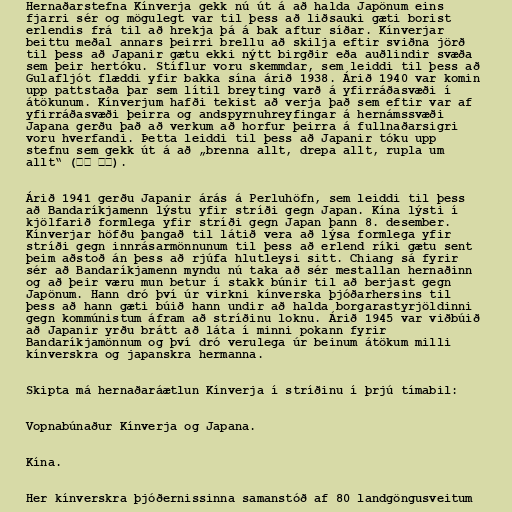
Hernaðarstefna Kínverja gekk nú út á að halda Japönum eins
fjarri sér og mögulegt var til þess að liðsauki gæti borist
erlendis frá til að hrekja þá á bak aftur síðar. Kínverjar
beittu meðal annars þeirri brellu að skilja eftir sviðna jörð
til þess að Japanir gætu ekki nýtt birgðir eða auðlindir svæða
sem þeir hertóku. Stíflur voru skemmdar, sem leiddi til þess að
Gulafljót flæddi yfir bakka sína árið 1938. Árið 1940 var komin
upp pattstaða þar sem lítil breyting varð á yfirráðasvæði í
átökunum. Kínverjum hafði tekist að verja það sem eftir var af
yfirráðasvæði þeirra og andspyrnuhreyfingar á hernámssvæði
Japana gerðu það að verkum að horfur þeirra á fullnaðarsigri
voru hverfandi. Þetta leiddi til þess að Japanir tóku upp
stefnu sem gekk út á að „brenna allt, drepa allt, rupla um
allt“ (三光 政策).

Árið 1941 gerðu Japanir árás á Perluhöfn, sem leiddi til þess
að Bandaríkjamenn lýstu yfir stríði gegn Japan. Kína lýsti í
kjölfarið formlega yfir stríði gegn Japan þann 8. desember.
Kínverjar höfðu þangað til látið vera að lýsa formlega yfir
stríði gegn innrásarmönnunum til þess að erlend ríki gætu sent
þeim aðstoð án þess að rjúfa hlutleysi sitt. Chiang sá fyrir
sér að Bandaríkjamenn myndu nú taka að sér mestallan hernaðinn
og að þeir væru mun betur í stakk búnir til að berjast gegn
Japönum. Hann dró því úr virkni kínverska þjóðarhersins til
þess að hann gæti búið hann undir að halda borgarastyrjöldinni
gegn kommúnistum áfram að stríðinu loknu. Árið 1945 var viðbúið
að Japanir yrðu brátt að láta í minni pokann fyrir
Bandaríkjamönnum og því dró verulega úr beinum átökum milli
kínverskra og japanskra hermanna.

Skipta má hernaðaráætlun Kínverja í stríðinu í þrjú tímabil:

Vopnabúnaður Kínverja og Japana.

Kína.

Her kínverskra þjóðernissinna samanstóð af 80 landgöngusveitum